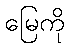
မြေကို